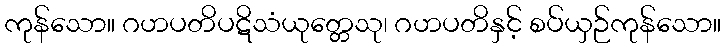
ကုန်သော။ ဂဟပတိပဋိသံယုတ္တေသု၊ ဂဟပတိနှင့် စပ်ယှဉ်ကုန်သော။